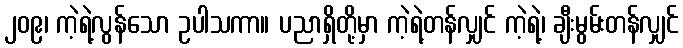
၂၀၉၊ ကဲ့ရဲ့လွန်သော ဥပါသကာ။ ပညာရှိတို့မှာ ကဲ့ရဲ့တန်လျှင် ကဲ့ရဲ့၊ ချီးမွမ်းတန်လျှင်